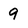
Character: 9